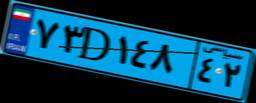
۸۰D۳۸۰۱۹